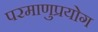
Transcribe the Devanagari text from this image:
परमाणुप्रयोग